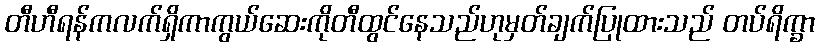
တီဟီရန်ကလက်ရှိကာကွယ်ဆေးကိုတီထွင်နေသည်ဟုမှတ်ချက်ပြုထားသည် တပ်ရိက္ခာ